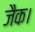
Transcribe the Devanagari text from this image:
जैक।